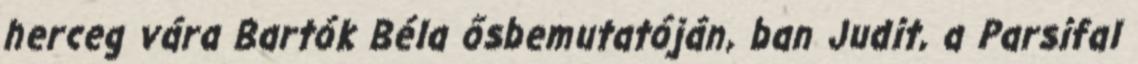
herceg vára Bartók Béla ősbemutatóján, ban Judit, a Parsifal